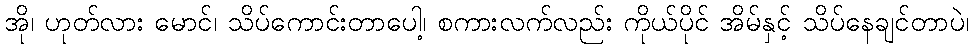
အို၊ ဟုတ်လား မောင်၊ သိပ်ကောင်းတာပေါ့၊ စကားလက်လည်း ကိုယ်ပိုင် အိမ်နှင့် သိပ်နေချင်တာပဲ၊